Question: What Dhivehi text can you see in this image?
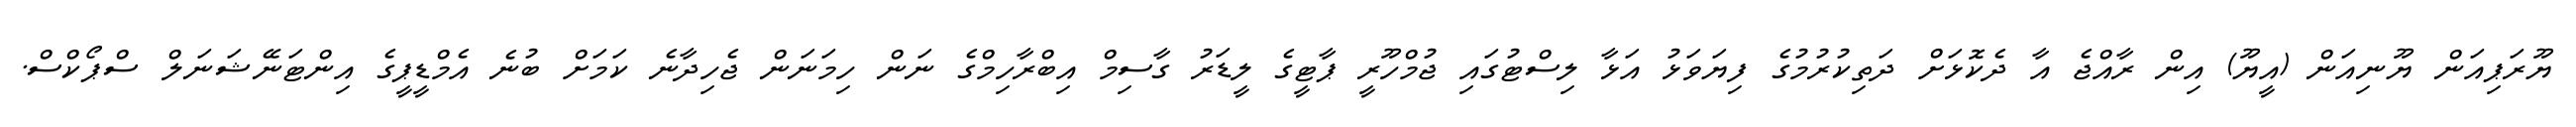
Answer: ޔޫރަޕިއަން ޔޫނިއަން (އީޔޫ) އިން ރާއްޖެ އާ ދެކޮޅަށް ދަތިކުރުމުގެ ފިޔަވަޅު އަޅާ ލިސްޓުގައި ޖުމްހޫރީ ޕާޓީގެ ލީޑަރު ގާސިމް އިބްރާހިމްގެ ނަން ހިމަނަން ޖެހިދާނެ ކަމަށް ބުނެ އެމްޑީޕީގެ އިންޓަނޭޝަނަލް ސްޕޯކްސް.